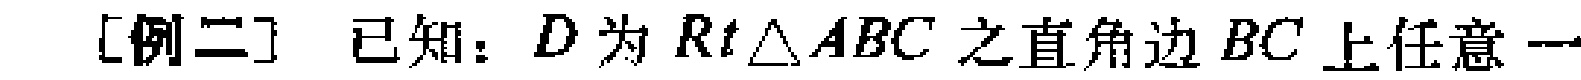
[例二] 已知：\(D\)为\(Rt\triangle ABC\)之直角边 \(BC\)上任意一